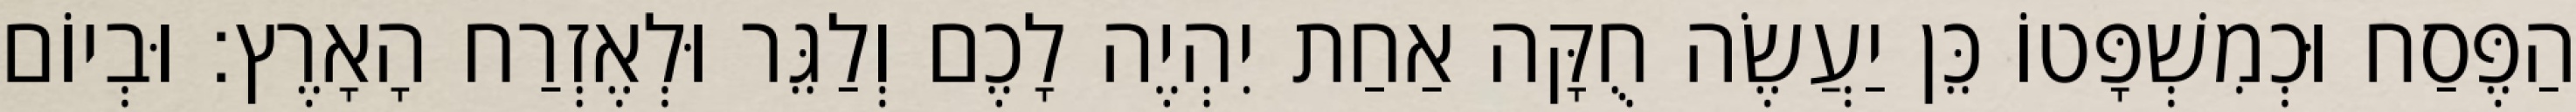
הַפֶּסַח וּכְמִשְׁפָּטוֹ כֵּן יַעֲשֶׂה חֻקָּה אַחַת יִהְיֶה לָכֶם וְלַגֵּר וּלְאֶזְרַח הָאָרֶץ׃ וּבְיוֹם